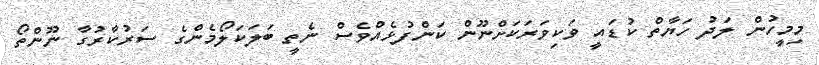
މިމީހުން ލަދު ހަޔާތް ކުޑައީ ވަކިވަރަކަށްނޫން ކަންފުޅެއްވެސް ނެތީ ބަލަކަލޯމެންގެ ސަރުކާރުގާ ނޫންތޯ